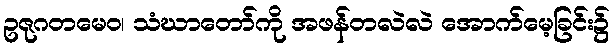
ဥဇုဂတမေဝ၊ သံဃာတော်ကို အဖန်တလဲလဲ အောက်မေ့ခြင်း၌